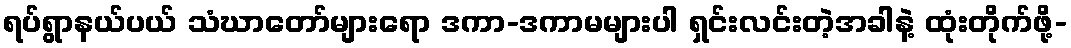
ရပ်ရွာနယ်ပယ် သံဃာတော်များရော ဒကာ-ဒကာမများပါ ရှင်းလင်းတဲ့အခါနဲ့ ထုံးတိုက်ဖို့-